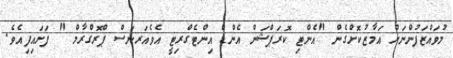
މުވައްޒަފުންނަށް އަމާޒުކޮށްގެން "އެންޓި ކޮރަޕްޝަން އެންޑް އިންޓެގްރިޓީ އެވެއަރނަސް ޕްރޮގްރާމް " ފަށައިފިއެވެ.